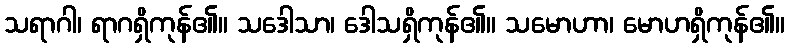
သရာဂါ၊ ရာဂရှိကုန်၏။ သဒေါသာ၊ ဒေါသရှိကုန်၏။ သမောဟာ၊ မောဟရှိကုန်၏။